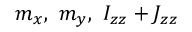
m _ { x } , ~ m _ { y } , ~ I _ { z z } + J _ { z z }